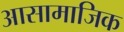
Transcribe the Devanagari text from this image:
आसामाजिक